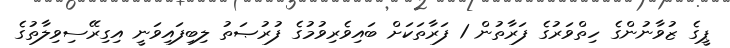
ޕީގެ ޒުވާނުންގެ ހިތްވަރުގެ ފަރާތުން 1 ފަރާތަކަށް ބައިވެރިވުމުގެ ފުރުޞަތު ލިބިފައިވަނީ އިގިރޭސިވިލާތުގެ